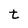
Character: t